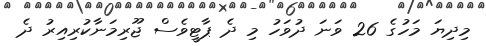
މިދިޔަ މަހުގެ 26 ވަނަ ދުވަހު މި ދެ ޕާޓީވެސް ޖޫރިމަނާކުރިއިރު ދެ